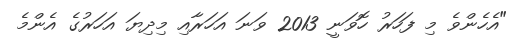
"އެހެންވެ މި ފަހަރު ހޮވަނީ 2013 ވަނަ އަަހަރާއި މިދިޔަ އަހަރުގެ އެންމެ